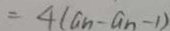
= 4 ( a n - a n - 1 )